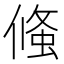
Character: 䖺